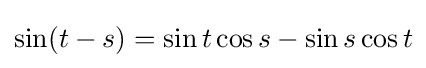
\sin(t-s)=\sin t\cos s-\sin s\cos t